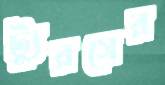
ট্যুরসের